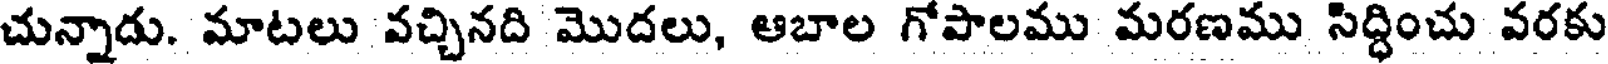
చున్నాడు. మాటలు వచ్చినది మొదలు, ఆబాల గోపాలము మరణము సిద్ధించు వరకు